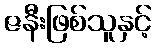
ဇနီးဖြစ်သူနှင့်